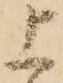
上